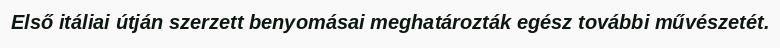
Első itáliai útján szerzett benyomásai meghatározták egész további művészetét.